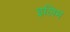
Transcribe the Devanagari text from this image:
इलिम